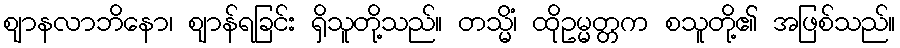
ဈာနလာဘိနော၊ ဈာန်ရခြင်း ရှိသူတို့သည်။ တသ္မိံ၊ ထိုဥမ္မတ္တက စသူတို့၏ အဖြစ်သည်။